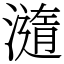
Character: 㵦